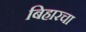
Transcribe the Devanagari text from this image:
बिहारचा